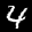
Label: 4